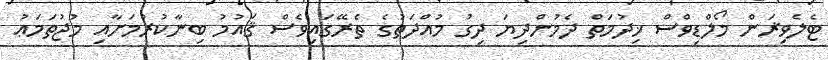
ޓެލެވިޜަން މޯލްޑިވްސް ޚިދުމަތް ދެމުންދިޔަ ދިގު މުއްދަތުގެ ތެރޭގައިވެސް ޤައުމު ބިނާކުރުމަށާއި މުޖުތަމަޢު